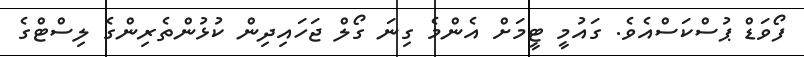
ފޯވަޑް ޕުސްކަސްއެވެ. ގައުމީ ޓީމަށް އެންމެ ގިނަ ގޯލް ޖަހައިދިން ކުޅުންތެރިންގެ ލިސްޓްގެ